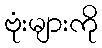
ဗုံးများကို